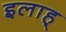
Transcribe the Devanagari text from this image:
इलाह्